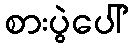
စားပွဲပေါ်